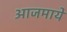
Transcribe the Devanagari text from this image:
आजमाये